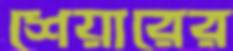
শেয়ারের